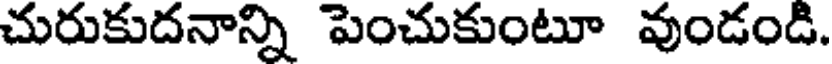
చురుకుదనాన్ని పెంచుకుంటూ వుండండి.